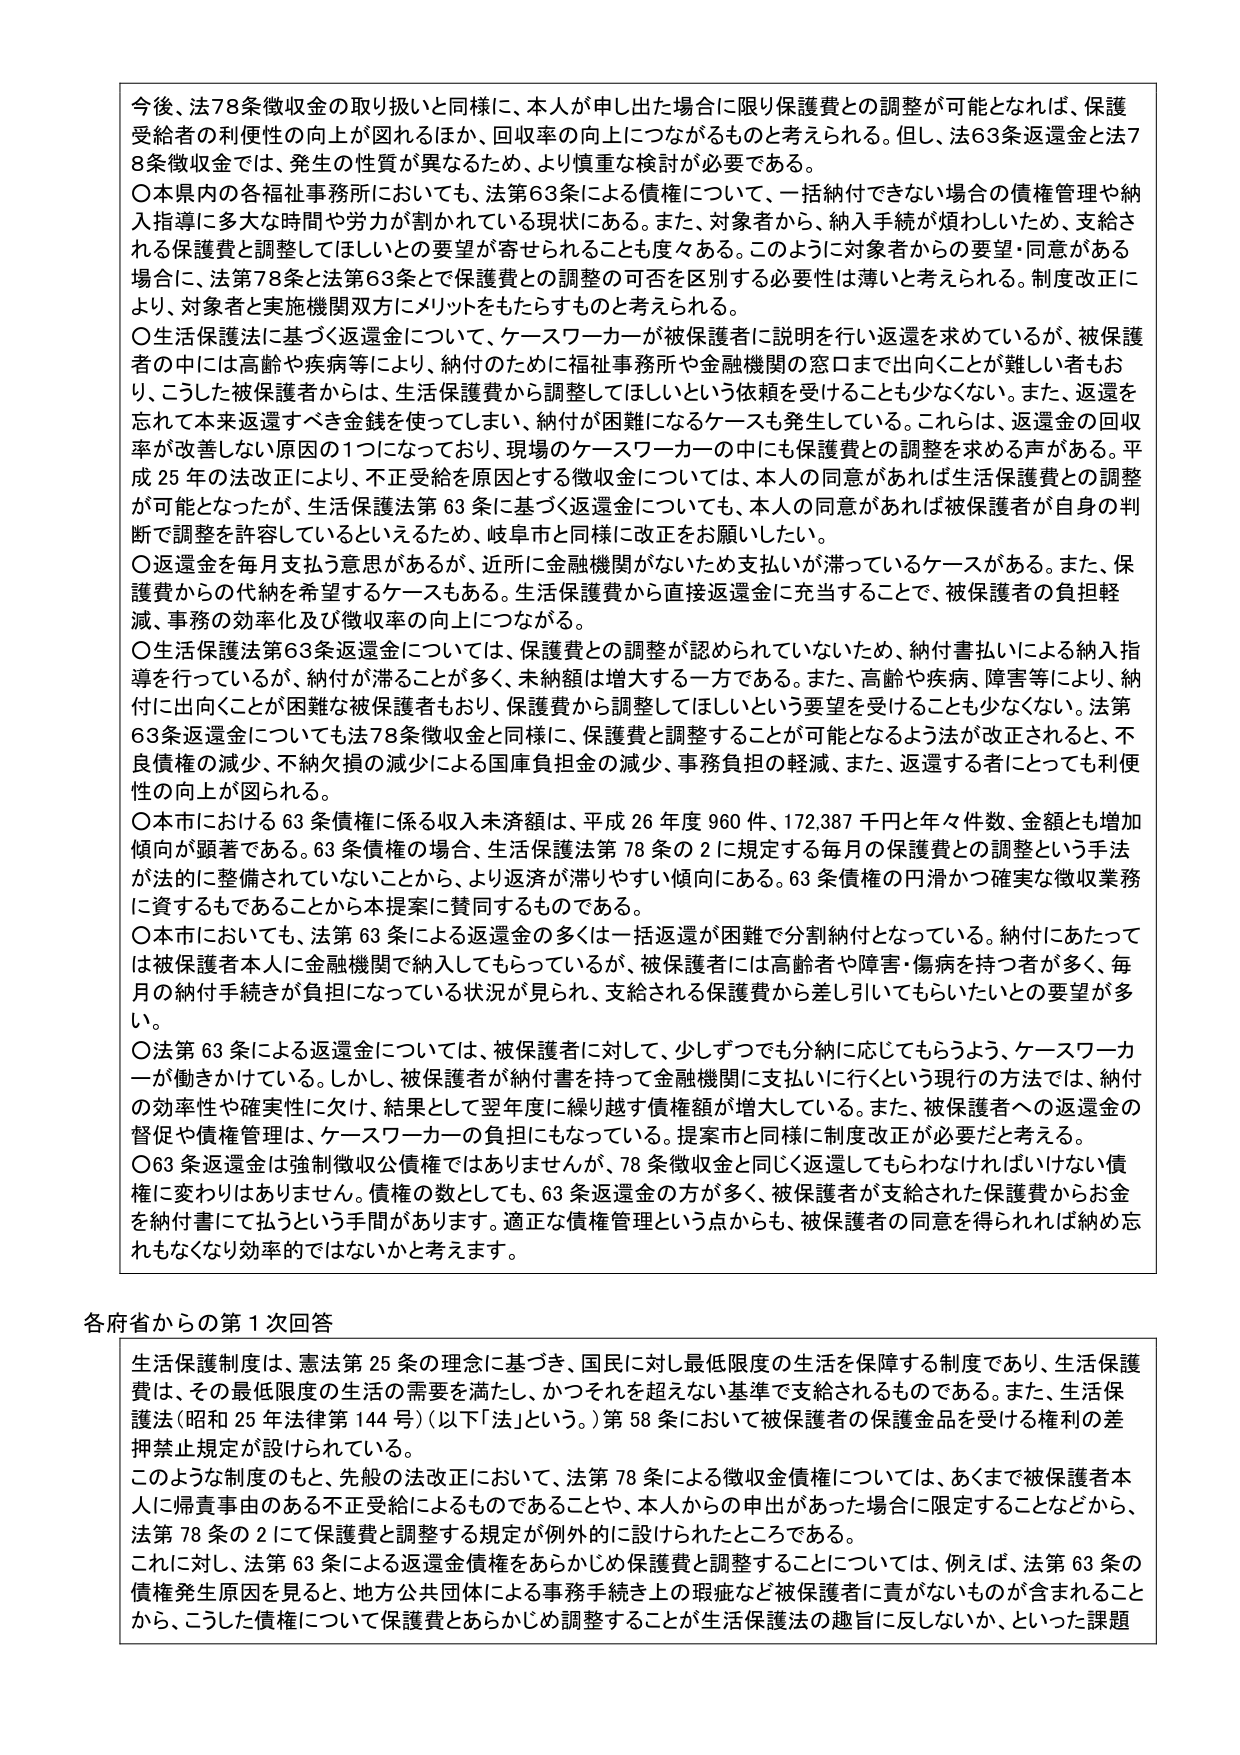
今後、法78条徴収金の取り扱いと同様に、本人が申し出た場合に限り保護費との調整が可能となれば、保護受給者の利便性の向上が図れるほか、回収率の向上につながるものと考えられる。但し、法63条返還金と法78条徴収金では、発生の性質が異なるため、より慎重な検討が必要である。

〇本県内の各福祉事務所においても、法第63条による債権について、一括納付できない場合の債権管理や納入指導に多大な時間や労力が割かれている現状にある。また、対象者から、納入手続が煩わしいため、支給される保護費と調整してほしいとの要望が寄せられることも度々ある。このように対象者からの要望・同意がある場合に、法第78条と法第63条とで保護費との調整の可否を区別する必要性は薄いと考えられる。制度改正により、対象者と実施機関双方にメリットをもたらすものと考えられる。

〇生活保護法に基づく返還金について、ケースワーカーが被保護者に説明を行い返還を求めているが、被保護者の中には高齢や疾病等により、納付のために福祉事務所や金融機関の窓口まで出向くことが難しい者もおり、こうした被保護者からは、生活保護費から調整してほしいという依頼を受けることも少なくない。また、返還を忘れて本来返還すべき金銭を使ってしまい、納付が困難になるケースも発生している。これらは、返還金の回収率が改善しない原因の1つになっており、現場のケースワーカーの中にも保護費との調整を求める声がある。平成25年の法改正により、不正受給を原因とする徴収金については、本人の同意があれば生活保護費との調整が可能となったが、生活保護法第63条に基づく返還金についても、本人の同意があれば被保護者が自身の判断で調整を許容しているといえるため、岐阜市と同様に改正をお願いしたい。

〇返還金を毎月支払う意思があるが、近所に金融機関がないため支払いが滞っているケースがある。また、保護費からの代納を希望するケースもある。生活保護費から直接返還金に充当することで、被保護者の負担軽減、事務の効率化及び徴収率の向上につながる。

〇生活保護法第63条返還金については、保護費との調整が認められていないため、納付書払いによる納入指導を行っているが、納付が滞ることが多く、未納額は増大する一方である。また、高齢や疾病、障害等により、納付に出向くことが困難な被保護者もおり、保護費から調整してほしいという要望を受けることも少なくない。法第63条返還金についても法78条徴収金と同様に、保護費と調整することが可能となるよう法が改正されると、不良債権の減少、不納欠損の減少による国庫負担金の減少、事務負担の軽減、また、返還する者にとっても利便性の向上が図られる。

〇本市における63条債権に係る収入未済額は、平成26年度960件、172,387千円と年々件数、金額とも増加傾向が顕著である。63条債権の場合、生活保護法第78条の2に規定する毎月の保護費との調整という手法が法的に整備されていないことから、より返済が滞りやすい傾向にある。63条債権の円滑かつ確実な徴収業務に資するものであることから本提案に賛同するものである。

〇本市においても、法第63条による返還金の多くは一括返還が困難で分割納付となっている。納付にあたっては被保護者本人に金融機関で納入してもらっているが、被保護者には高齢者や障害・傷病を持つ者が多く、毎月の納付手続きが負担になっている状況が見られ、支給される保護費から差し引いてもらいたいとの要望が多い。

〇法第63条による返還金については、被保護者に対して、少しずつでも分納に応じてもらうよう、ケースワーカーが働きかけている。しかし、被保護者が納付書を持って金融機関に支払いに行くという現行の方法では、納付の効率性や確実性に欠け、結果として翌年度に繰り越す債権額が増大している。また、被保護者への返還金の督促や債権管理は、ケースワーカーの負担にもなっている。提案市と同様に制度改正が必要だと考える。

〇63条返還金は強制徴収公債権ではありませんが、78条徴収金と同じく返還してもらわなければいけない債権に変わりはありません。債権の数としても、63条返還金の方が多く、被保護者が支給された保護費からお金を納付書にて払うという手間があります。適正な債権管理という点からも、被保護者の同意を得られれば納め忘れもなくなり効率的ではないかと考えます。

各府省からの第1次回答

生活保護制度は、憲法第25条の理念に基づき、国民に対し最低限度の生活を保障する制度であり、生活保護費は、その最低限度の生活の需要を満たし、かつそれを超えない基準で支給されるものである。また、生活保護法（昭和25年法律第144号）（以下「法」という。）第58条において被保護者の保護金品を受ける権利の差押禁止規定が設けられている。

このような制度のもと、先般の法改正において、法第78条による徴収金債権については、あくまで被保護者本人に帰責事由のある不正受給によるものであることや、本人からの申出があった場合に限定することなどから、法第78条の2にて保護費と調整する規定が例外的に設けられたところである。

これに対し、法第63条による返還金債権をあらかじめ保護費と調整することについては、例えば、法第63条の債権発生原因を見ると、地方公共団体による事務手続き上の瑕疵など被保護者に責がないものが含まれることから、こうした債権について保護費とあらかじめ調整することが生活保護法の趣旨に反しないか、といった課題